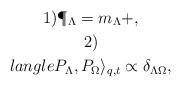
LaTeX: \begin{gather*}1)\P_\Lambda=m_\Lambda+,\\2)\\langle P_\Lambda, P_\Omega \rangle_{q,t} \propto \delta_{\Lambda \Omega},\end{gather*}